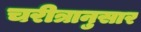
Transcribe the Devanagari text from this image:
चरीत्रानुसार